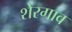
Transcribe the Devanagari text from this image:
शेरगाव